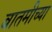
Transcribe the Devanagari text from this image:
बातमीच्या